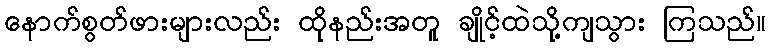
နောက်စွတ်ဖားများလည်း ထိုနည်းအတူ ချိုင့်ထဲသို့ကျသွား ကြသည်။